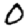
Digit: 0